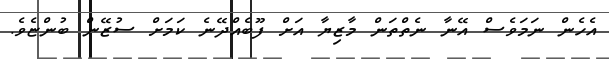
އެހެން ނަމަވެސް އޭނާ ނެތްތަން މާޒިޔާ އަށް ފޫބެއްދޭނެ ކަމަށް ސުޒޭން ބުންޏެވެ.